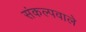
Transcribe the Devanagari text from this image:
संकल्पवाले